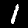
Digit: 1